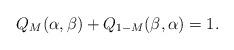
LaTeX: \begin{align*}Q_M(\alpha ,\beta)+Q_{1-M}(\beta ,\alpha)=1. \end{align*}